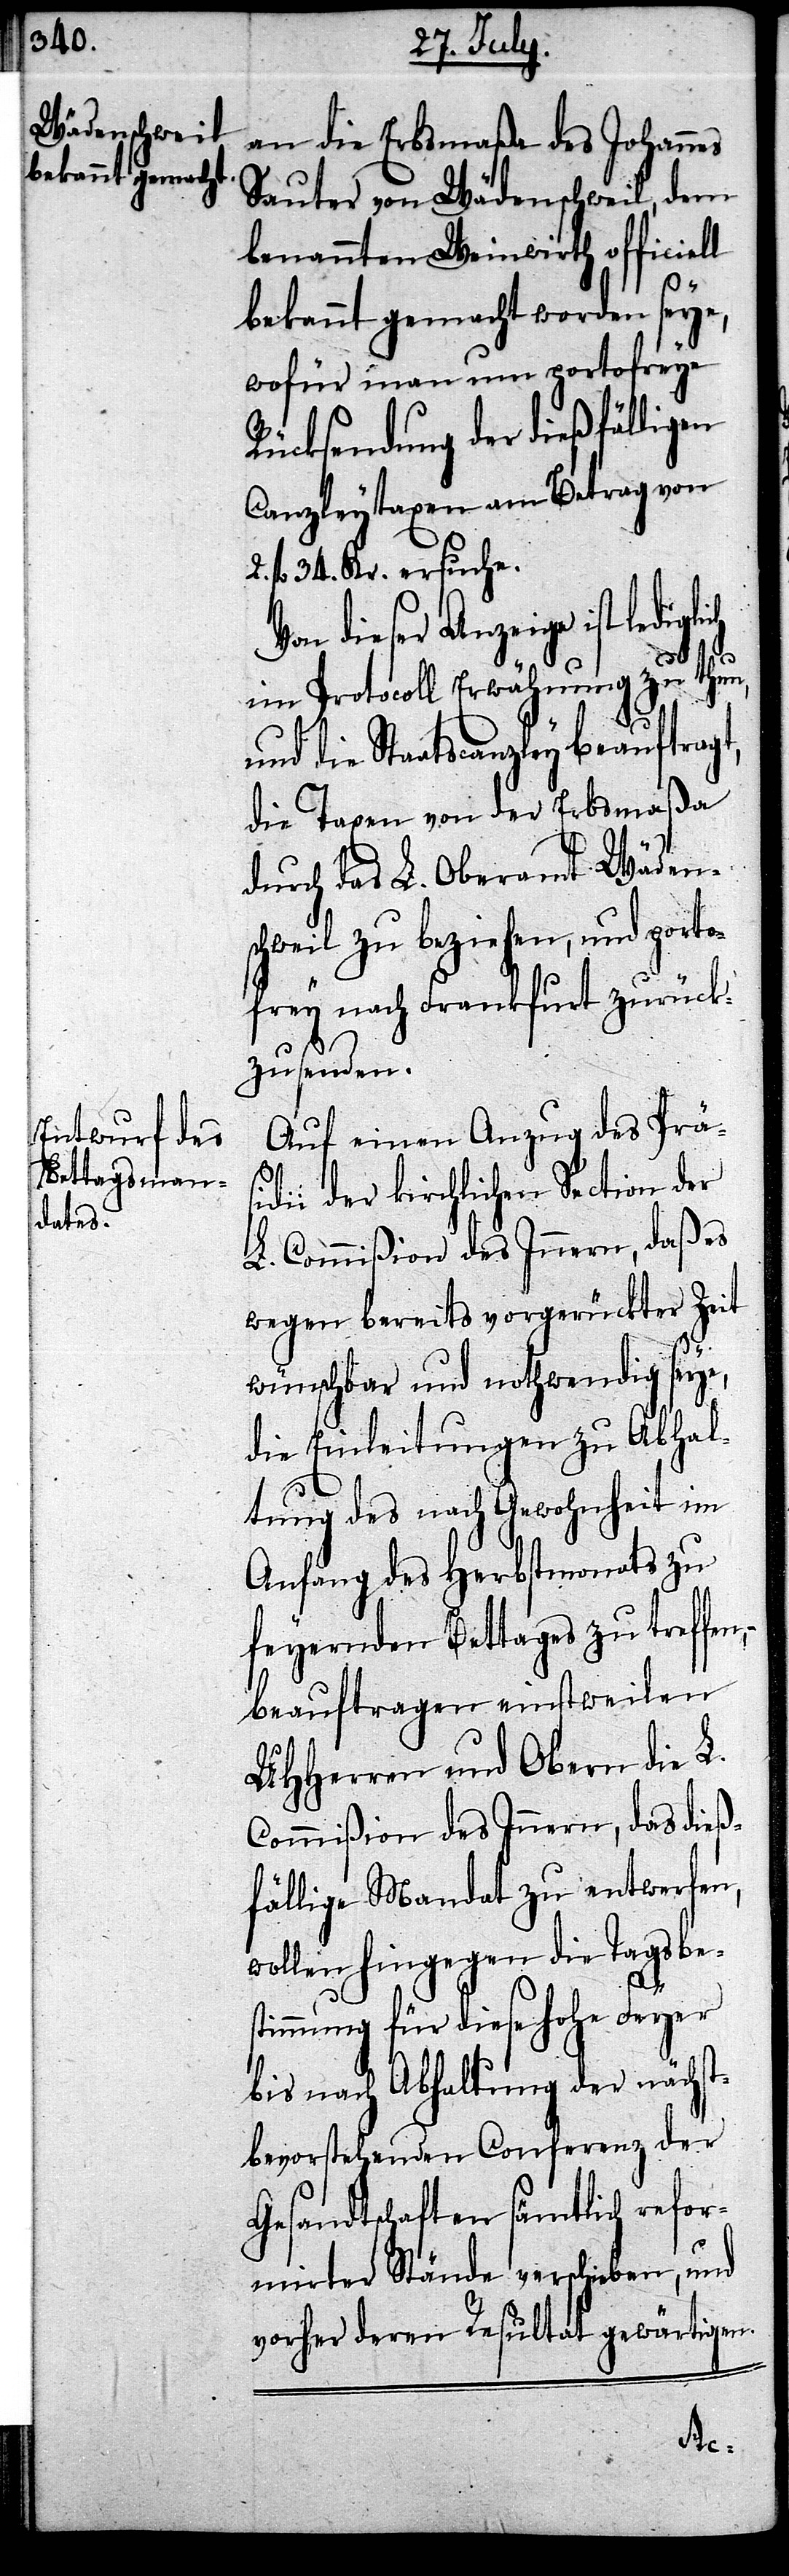
an die Erbmaße des Johannes
Sauter von Wädenschweil, dem
benannten Weinwirth officiell
bekannt gemacht worden seye,
wofür man um portofreye
Rücksendung der dießfälligen
Canzleytaxen am Betrag von
fl. 34. Kr. ersuche.
Von dieser Anzeige ist ledig¬
lich
im Protocoll Erwähnung zu thun,
und die Staatscanzley beauftragt,
die Taxen von der Erbsmaßa
durch das L. Oberamt Wädens¬
chweil zu beziehen, und porto¬
frey nach Frankfurt zurück¬
zusenden.
Auf einen Anzug des Präsi¬
dii der kirchlichen Section der
L. Commißion des Innern, daß es
wegen bereits vorgerückter Zeit
2.
wünschbar und nothwendig seye,
die Einleitungen zu Abhal¬
tung des nach Gewohnheit im
Anfang des Herbstmonats zu
feyernden Bettags zu treffen,
beauftragen einstweilen
UHHerren und Obern die L.
Commißion des Innern, das dieß¬
fällige Mandat zu entwerfen,
wollen hingegen die Tagsbe¬
stimmung für diese Hohe Feyer
bis nach Abhaltung der nächst¬
bevorstehenden Conferenz der
Gesandtschaften sämtlich refor¬
mirter Stände verschieben, und
vorher deren Resultat gewärtigen.